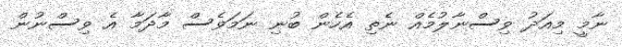
ނާމީ މިއަދު ވިސްނާލުމެއް ނެތި އެހެން ބުނި ނަމަވެސް މާދަމާ އެ ވިސްނުން